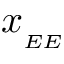
x _ { _ { E E } }